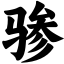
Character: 骖